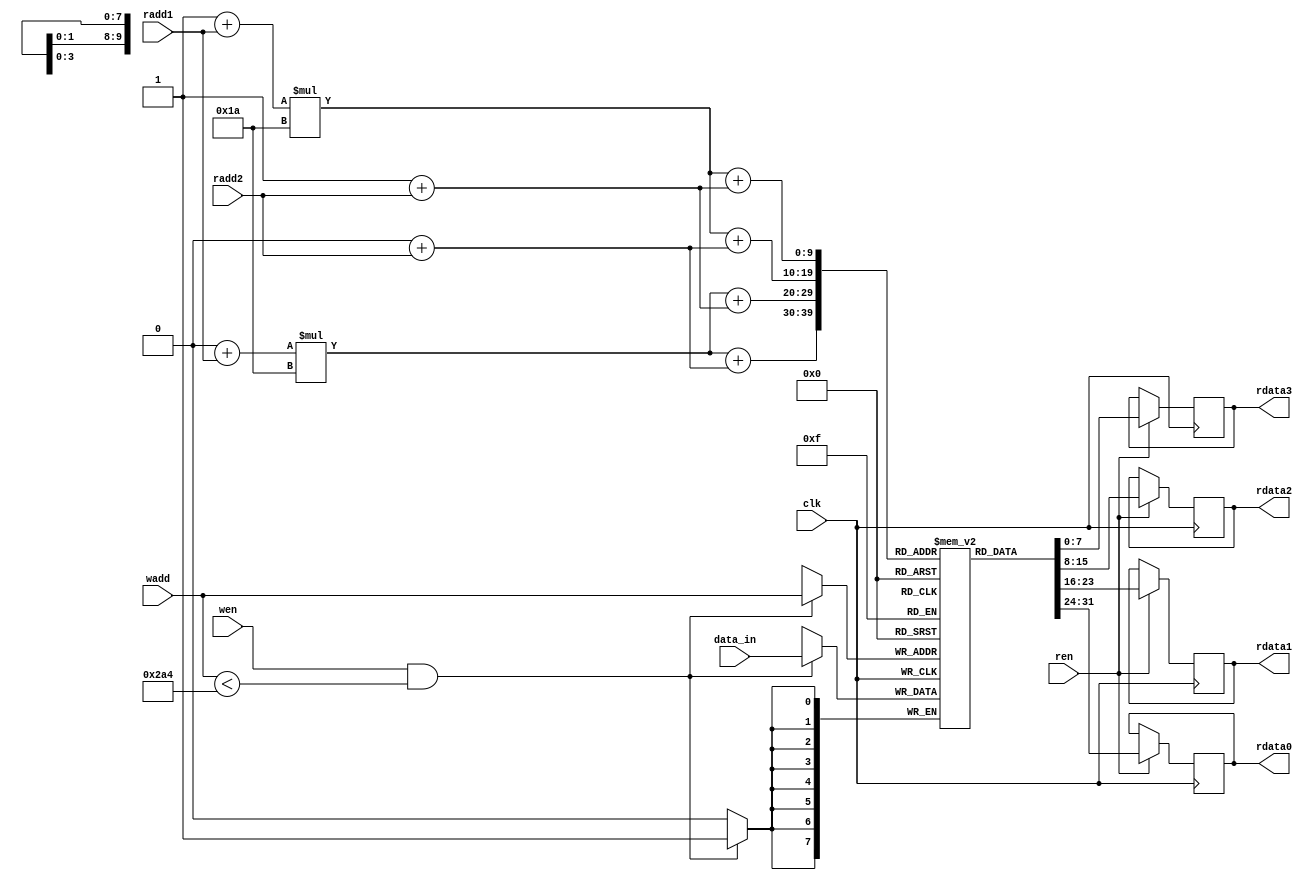
`timescale 1ns / 1ps
//////////////////////////////////////////////////////////////////////////////////
// Company: 
// Engineer: 
// 
// Design Name: 
// Module Name: memory_rstl_conv_3
// Project Name: 
// Target Devices: 
// Tool Versions: 
// Description: 
// 
// Dependencies: 
// 
// Revision:
// Revision 0.01 - File Created
// Additional Comments:
// 
//////////////////////////////////////////////////////////////////////////////////


module memory_rstl_conv_3
#(
    //memory_rstl_conv
    parameter n_c = 5'd26,  //number of column matrix image 
    parameter n_r = 5'd26,  //number of rows matrix image 
    parameter numWeightRstlConv = 676,
    parameter addressWidthRstlConv = 10, 
    parameter dataWidthRstlConv = 8
)
( 
    input clk,
    input wen,
    input ren,
    input [addressWidthRstlConv-1:0] wadd,
    input [addressWidthRstlConv-1:0] radd1,
    input [addressWidthRstlConv-1:0] radd2,
    input signed [dataWidthRstlConv-1:0] data_in,

    output reg [dataWidthRstlConv-1:0] rdata0,
    output reg [dataWidthRstlConv-1:0] rdata1,
    output reg [dataWidthRstlConv-1:0] rdata2,
    output reg [dataWidthRstlConv-1:0] rdata3 

);
    
    reg [dataWidthRstlConv-1:0] mem [numWeightRstlConv-1:0];

    wire [11-1:0] p_img_0;
    wire [11-1:0] p_img_1;
    wire [11-1:0] p_img_2;
    wire [11-1:0] p_img_3;
    
    assign p_img_0 = (0+radd1)*(n_c) + (0+radd2);
    assign p_img_1 = (0+radd1)*(n_c) + (1+radd2);
    assign p_img_2 = (1+radd1)*(n_c) + (0+radd2);
    assign p_img_3 = (1+radd1)*(n_c) + (1+radd2);     


    always @(posedge clk)
	begin
	   if (wen & (wadd < numWeightRstlConv))
	   begin
	       mem[wadd] <= data_in;
	       //$display("wadd3, %d",wadd,data_in); 

	   end
	end 
    
    always @(posedge clk)
    begin
        if (ren)
        begin
            rdata0 <= mem[p_img_0];
            rdata1 <= mem[p_img_1];
            rdata2 <= mem[p_img_2];
            rdata3 <= mem[p_img_3];
        end
    end 
endmodule